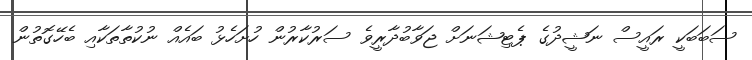
ސަބަބަކީ ރައީސް ނަޝީދުގެ ޕެޓިޝަނަށް ޖަވާބުދާރީވެ ސަރުކާރުން ހުށަހެޅު ބައެއް ނުކުތާތަކާއި ބެހޭގޮތުން